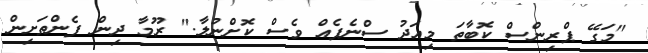
"މަގޭ ޕްރިންސް ކޮބާތަ މިއަދު ސްނެޕެއް ވެސް ކޮށްނުލާ." ރޫމާ ދިން ފެންތަށިން